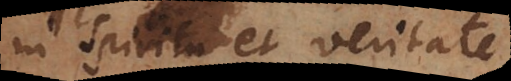
in Spiritu et veritate